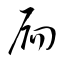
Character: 扃